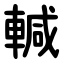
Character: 輱